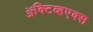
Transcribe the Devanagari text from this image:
ॲक्टिव्हएक्स